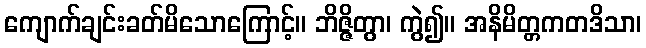
ကျောက်ချင်းခတ်မိသောကြောင့်။ ဘိဇ္ဇိတွာ၊ ကွဲ၍။ အနိမိတ္တကတဒိသာ၊